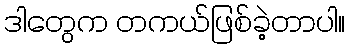
ဒါတွေက တကယ်ဖြစ်ခဲ့တာပါ။